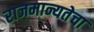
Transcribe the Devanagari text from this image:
राजमान्यतेचा